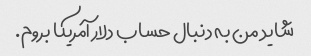
شاید من به دنبال حساب دلار آمریکا بروم.